Lunatic asylums United Provinces 1909-1921 - 1909-1921
Year: 1909
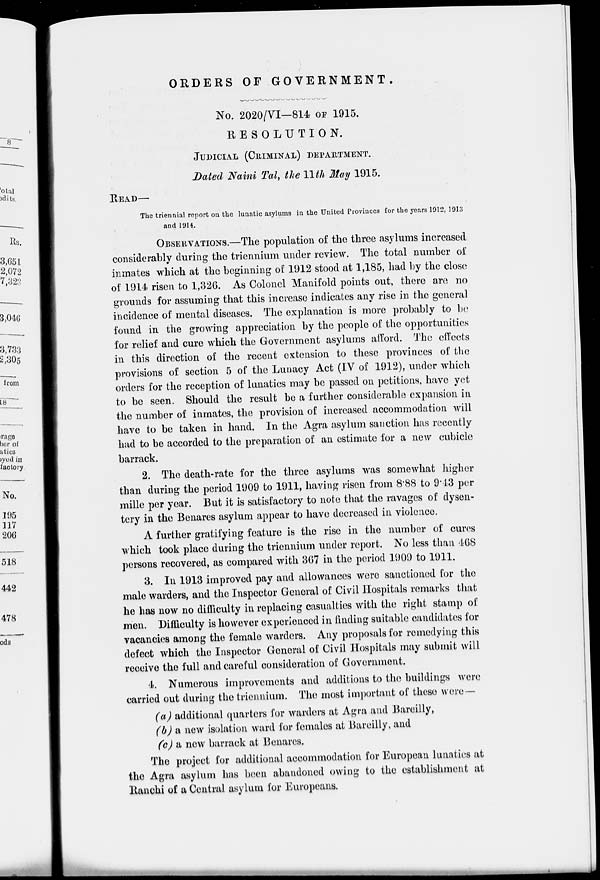
ORDERS OF
GOVERNMENT.
No. 2020/VI—814 OF 1915.
RESOLUTION.
JUDICIAL (CRIMINAL) DEPARTMENT.
Dated Naini Tal, the 11th May 1915.
READ—
The triennial report on the lunatic asylums in the United Provinces for the years 1912, 1913
and 1914.
OBSERVATIONS.—The population of the three asylums increased
considerably during the triennium under review. The total number of
inmates which at the beginning of 1912 stood at 1,185, had by the close
of 1914 risen to 1,326. As Colonel Manifold points out, there are no
grounds for assuming that this increase indicates any rise in the general
incidence of mental diseases. The explanation is more probably to be
found in the growing appreciation by the people of the opportunities
for relief and cure which the Government asylums afford. The effects
in this direction of the recent extension to these provinces of the
provisions of section 5 of the Lunacy Act (IV of 1912), under which
orders for the reception of lunatics may be passed on petitions, have yet
to be seen. Should the result be a further considerable expansion in
the number of inmates, the provision of increased accommodation will
have to be taken in hand. In the Agra asylum sanction has recently
had to be accorded to the preparation of an estimate for a new cubicle
barrack.
2. The death-rate for the three asylums was somewhat higher
than during the period 1909 to 1911, having risen from 8.88 to 9.43 per
mille per year. But it is satisfactory to note that the ravages of dysen-
tery in the Benares asylum appear to have decreased in violence.
A further gratifying feature is the rise in the number of cures
which took place during the triennium under report. No less than 468
persons recovered, as compared with 367 in the period 1909 to 1911.
3. In 1913 improved pay and allowances were sanctioned for the
male warders, and the Inspector General of Civil Hospitals remarks that
he has now no difficulty in replacing casualties with the right stamp of
men. Difficulty is however experienced in finding suitable candidates for
vacancies among the female warders. Any proposals for remedying this
defect which the Inspector General of Civil Hospitals may submit will
receive the full and careful consideration of Government.
4. Numerous improvements and additions to the buildings were
carried out during the triennium. The most important of these were —
(a) additional quarters for warders at Agra and Bareilly,
(b) a new isolation ward for females at Bareilly, and
(c) a new barrack at Benares.
The project for additional accommodation for European lunatics at
the Agra asylum has been abandoned owing to the establishment at
Ranchi of a Central asylum for Europeans.